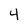
Character: 4